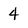
Character: 4